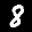
Label: 8